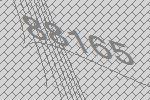
88165